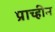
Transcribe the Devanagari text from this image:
प्राच्हीन